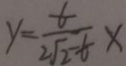
y = \frac { t } { 2 \sqrt { 2 } - t } x